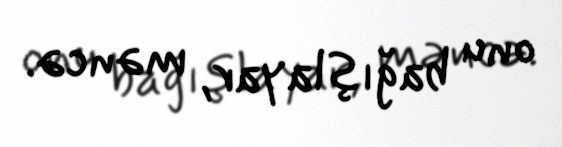
onu bağışlayar, məncə.